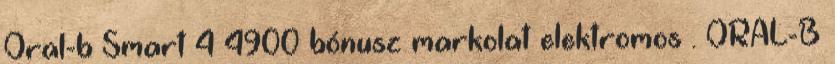
Oral-b Smart 4 4900 bónusz markolat elektromos . ORAL-B